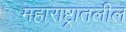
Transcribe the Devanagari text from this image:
महाराष्ट्रातलील